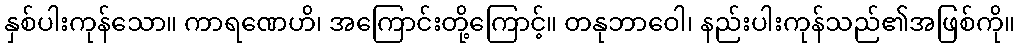
နှစ်ပါးကုန်သော။ ကာရဏေဟိ၊ အကြောင်းတို့ကြောင့်။ တနုဘာဝေါ၊ နည်းပါးကုန်သည်၏အဖြစ်ကို။